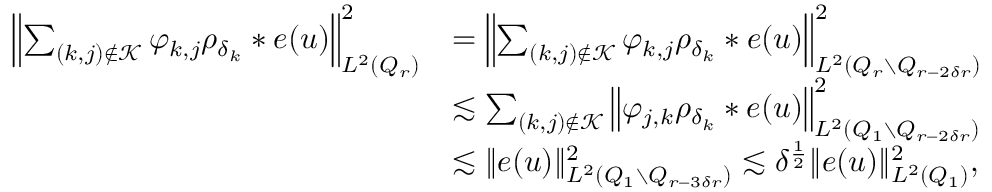
\begin{array} { r l } { \left\Vert \sum _ { ( k , j ) \not \in { \mathcal K } } \varphi _ { k , j } \rho _ { \delta _ { k } } * e ( u ) \right\Vert _ { L ^ { 2 } ( Q _ { r } ) } ^ { 2 } } & { = \left\Vert \sum _ { ( k , j ) \not \in { \mathcal K } } \varphi _ { k , j } \rho _ { \delta _ { k } } * e ( u ) \right\Vert _ { L ^ { 2 } ( Q _ { r } \setminus Q _ { r - 2 \delta r } ) } ^ { 2 } } \\ & { \lesssim \sum _ { ( k , j ) \not \in { \mathcal K } } \left\| \varphi _ { j , k } \rho _ { \delta _ { k } } * e ( u ) \right\| _ { L ^ { 2 } ( Q _ { 1 } \setminus Q _ { r - 2 \delta r } ) } ^ { 2 } } \\ & { \lesssim \| e ( u ) \| _ { L ^ { 2 } ( Q _ { 1 } \setminus Q _ { r - 3 \delta r } ) } ^ { 2 } \lesssim \delta ^ { \frac { 1 } { 2 } } \| e ( u ) \| _ { L ^ { 2 } ( Q _ { 1 } ) } ^ { 2 } , } \end{array}